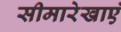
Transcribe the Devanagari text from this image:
सीमारेखाएं